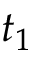
t _ { 1 }